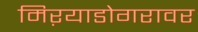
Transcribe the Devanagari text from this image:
मिऱयाडोगरावर